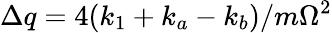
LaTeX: \Delta q=4(k_{1}+k_{a}-k_{b})/m\Omega^{2}